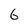
Character: 6